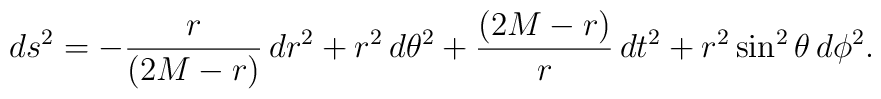
ds^2 = - {r \over (2 M - r)}\,dr^2 + r^2\,d\theta^2 + {(2 M - r) \over r}\,dt^2 + r^2 \sin^2 \theta\,d\phi^2.